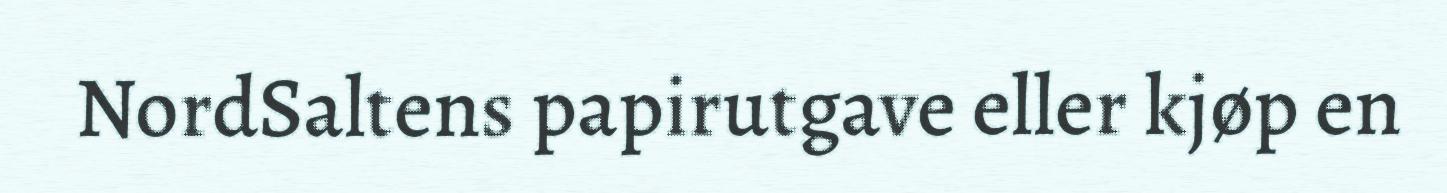
NordSaltens papirutgave eller kjøp en